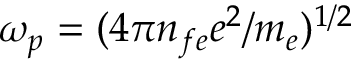
\omega _ { p } = ( 4 \pi n _ { f e } e ^ { 2 } / m _ { e } ) ^ { 1 / 2 }